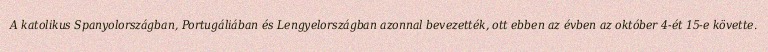
A katolikus Spanyolországban, Portugáliában és Lengyelországban azonnal bevezették, ott ebben az évben az október 4-ét 15-e követte.